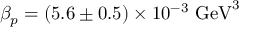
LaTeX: \beta _ { p } = ( 5 . 6 \pm 0 . 5 ) \times 1 0 ^ { - 3 } ~ \mathrm { G e V } ^ { 3 }